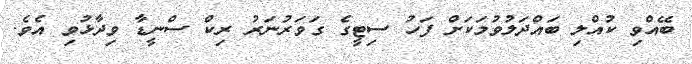
ބޭއްވި ކުއްލި ބައްދަލުވުމަކަށް ފަހު ސިޓީގެ ގަވަރުނަރު ރިކް ސްނީޑާ ވިދާޅުވި އެވެ.